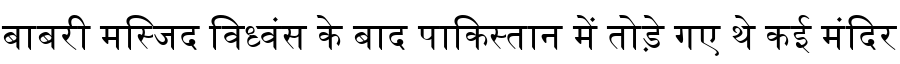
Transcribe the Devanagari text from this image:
बाबरी मस्जिद विध्वंस के बाद पाकिस्तान में तोड़े गए थे कई मंदिर